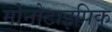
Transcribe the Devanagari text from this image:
मोनोटाइपिक